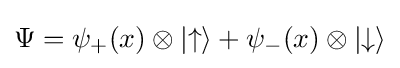
\Psi =\psi _{+}(x)\otimes |{\uparrow }\rangle +\psi _{-}(x)\otimes |{\downarrow }\rangle